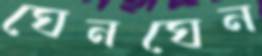
ঘেনঘেন